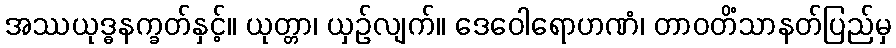
အဿယုဒ္ဓနက္ခတ်နှင့်။ ယုတ္တာ၊ ယှဉ်လျက်။ ဒေဝေါရောဟဏံ၊ တာဝတိံသာနတ်ပြည်မှ